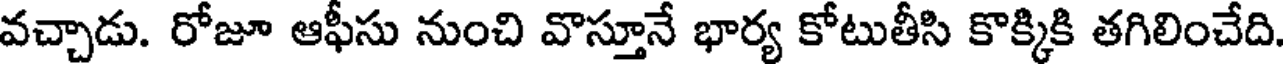
వచ్చాడు. రోజూ ఆఫీసు నుంచి వొస్తూనే భార్య కోటుతీసి కొక్కికి తగిలించేది